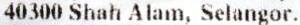
40300 SHAH ALAM, SELANGOR.